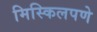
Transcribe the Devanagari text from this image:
मिस्किलपणे